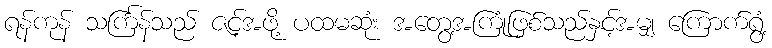
ရန်ကုန် သင်္ကြန်သည် ဇင့်အဖို့ ပထမဆုံး အတွေ့အကြုံဖြစ်သည်နှင့်အမျှ ကြောက်ရွံ့